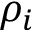
\rho _ { i }